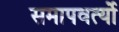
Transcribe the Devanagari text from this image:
समापवर्त्यो